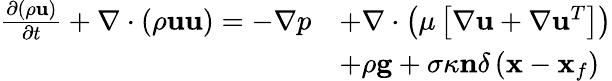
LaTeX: \begin{array}{rl}{\frac{\partial\left(\rho\mathbf{u}\right)}{\partial t}+\nabla\cdot\left(\rho\mathbf{uu}\right)=-\nabla p}&{+\nabla\cdot\left(\mu\left[\nabla\mathbf{u}+\nabla\mathbf{u}^{T}\right]\right)}\\ &{+\rho\textbf{g}+\sigma\kappa\mathbf{n}\delta\left(\mathbf{x}-\mathbf{x}_{f}\right)}\end{array}